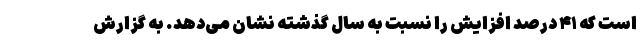
است که ۴۱ درصد افزایش را نسبت به سال گذشته نشان می‌دهد. به گزارش